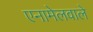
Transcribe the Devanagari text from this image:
एनामेलवाले